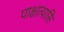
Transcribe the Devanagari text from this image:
पाश्चात्यासि